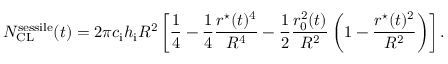
N _ { \mathrm { C L } } ^ { \mathrm { s e s s i l e } } ( t ) = 2 \pi c _ { \mathrm { i } } h _ { \mathrm { i } } R ^ { 2 } \left[ \frac { 1 } { 4 } - \frac { 1 } { 4 } \frac { r ^ { \star } ( t ) ^ { 4 } } { R ^ { 4 } } - \frac { 1 } { 2 } \frac { r _ { 0 } ^ { 2 } ( t ) } { R ^ { 2 } } \left( 1 - \frac { r ^ { \star } ( t ) ^ { 2 } } { R ^ { 2 } } \right) \right] .